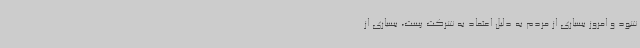
شود و امروز بسیاری از مردم به دلیل اعتماد به شرکت پست، بسیاری از